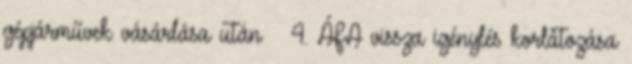
gépjárművek vásárlása után ◦ 4. ÁFA vissza igénylés korlátozása